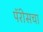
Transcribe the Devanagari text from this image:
पॅरीसचा